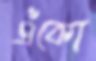
এঁকো